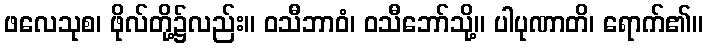
ဖလေသုစ၊ ဖိုလ်တို့၌လည်း။ ဝသီဘာဝံ၊ ဝသီဘော်သို့။ ပါပုဏာတိ၊ ရောက်၏။